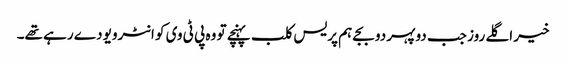
خیر اگلے روز جب دوپہر دو بجے ہم پریس کلب پہنچے تو وہ پی ٹی وی کو انٹرویو دے رہے تھے۔